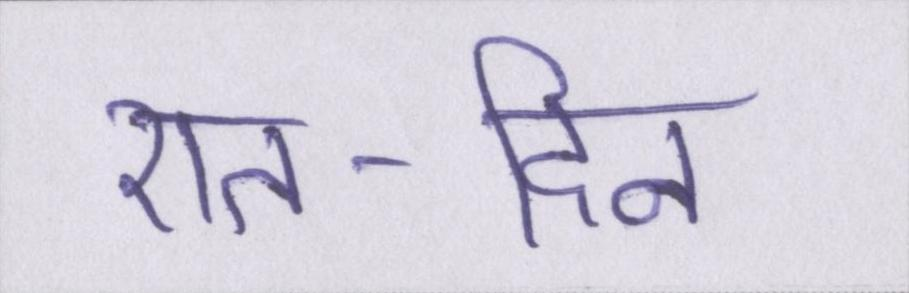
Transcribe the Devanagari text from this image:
रात-दिन